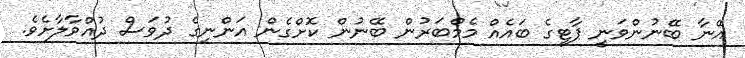
އޭނާ ބޭނުންވަނީ ޕާޓީގެ ބައެއް މެމްބަރުން ބޭނުން ކޮށްގެން އަންނިގެ ދުވަސް ދުއްވާލާށެވެ.